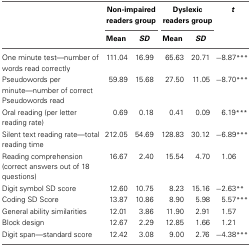
<table><thead><tr><td></td><td colspan="2"><b>Non-impaired readers group</b></td><td colspan="2"><b>Dyslexic readers group</b></td><td><b><i>t</i></b></td></tr><tr><td></td><td><b>Mean</b></td><td><b><i>SD</i></b></td><td><b>Mean</b></td><td><b><i>SD</i></b></td><td></td></tr></thead><tbody><tr><td>One minute test—number of words read correctly</td><td>111.04</td><td>16.99</td><td>65.63</td><td>20.71</td><td>−8.87<sup>***</sup></td></tr><tr><td>Pseudowords per minute—number of correct Pseudowords read</td><td>59.89</td><td>15.68</td><td>27.50</td><td>11.05</td><td>−8.70<sup>***</sup></td></tr><tr><td>Oral reading (per letter reading rate)</td><td>0.69</td><td>0.18</td><td>0.41</td><td>0.09</td><td>6.19<sup>***</sup></td></tr><tr><td>Silent text reading rate—total reading time</td><td>212.05</td><td>54.69</td><td>128.83</td><td>30.12</td><td>−6.89<sup>***</sup></td></tr><tr><td>Reading comprehension (correct answers out of 18 questions)</td><td>16.67</td><td>2.40</td><td>15.54</td><td>4.70</td><td>1.06</td></tr><tr><td>Digit symbol SD score</td><td>12.60</td><td>10.75</td><td>8.23</td><td>15.16</td><td>−2.63<sup>**</sup></td></tr><tr><td>Coding SD Score</td><td>13.87</td><td>10.86</td><td>8.90</td><td>5.98</td><td>5.57<sup>***</sup></td></tr><tr><td>General ability similarities</td><td>12.01</td><td>3.86</td><td>11.90</td><td>2.91</td><td>1.57</td></tr><tr><td>Block design</td><td>12.67</td><td>2.29</td><td>12.85</td><td>1.66</td><td>1.21</td></tr><tr><td>Digit span—standard score</td><td>12.42</td><td>3.08</td><td>9.00</td><td>2.76</td><td>−4.38<sup>***</sup></td></tr></tbody></table>